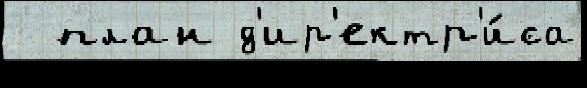
  план д'ир'ектр'и́са